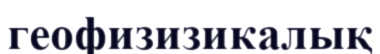
геофизизикалық